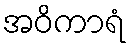
အဝိကာရံ